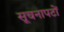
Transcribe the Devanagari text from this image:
सूचनापटों